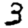
Digit: 3